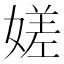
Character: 嫅